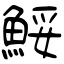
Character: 鮾